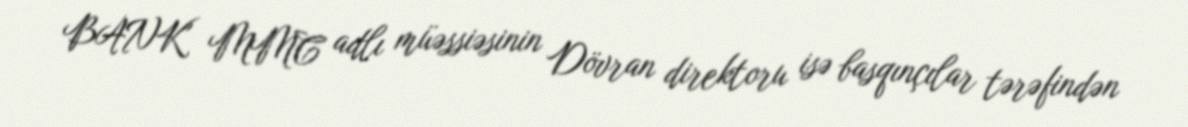
BANK" MMC adlı müəssiəsinin Dövran direktoru isə basqınçılar tərəfindən